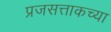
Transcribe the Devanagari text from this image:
प्रजसत्ताकच्या